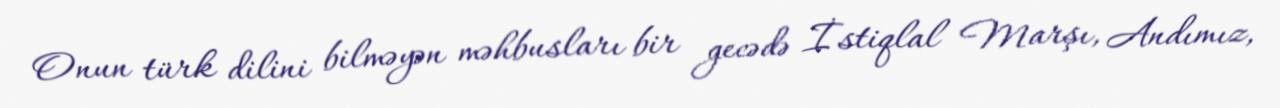
Onun türk dilini bilməyən məhbusları bir gecədə İstiqlal Marşı, Andımız,